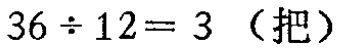
\(36\div12 = 3\)（把）